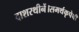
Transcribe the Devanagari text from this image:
दाशरथीनें।समर्थकृपेचीं